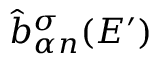
\hat { b } _ { \alpha n } ^ { \sigma } ( E ^ { \prime } )